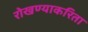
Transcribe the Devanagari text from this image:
रोखण्याकरिता